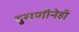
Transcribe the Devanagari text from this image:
दुराणीनेही